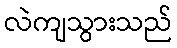
လဲကျသွားသည်